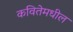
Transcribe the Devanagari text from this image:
कवितेमधील